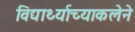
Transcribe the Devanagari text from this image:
विद्यार्थ्याच्याकलेने